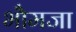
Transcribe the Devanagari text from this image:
भौमजा